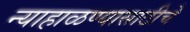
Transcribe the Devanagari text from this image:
न्याहाळण्यासाठीचे